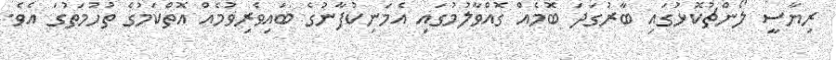
ރިޔާސީ ލޯންޗުކޮޅުގައި ބާރުގަދަ ބޮމެއް ގޮއްވާލުމުގައި އެމަނިކުފާނުގެ ބައިވެރިވުމެއް އޮތްކަމުގެ ތުހުމަތުގަ އެވެ.